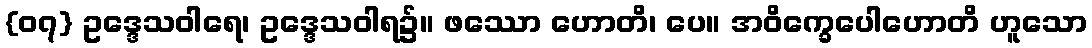
{၀၇} ဥဒ္ဒေသဝါရေ၊ ဥဒ္ဒေသဝါရ၌။ ဖဿော ဟောတိ၊ ပေ။ အဝိက္ခေပေါဟောတိ ဟူသော